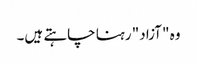
وہ "آزاد" رہنا چاہتے ہیں۔